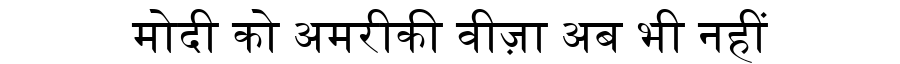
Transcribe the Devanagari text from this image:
मोदी को अमरीकी वीज़ा अब भी नहीं